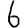
Digit: 6